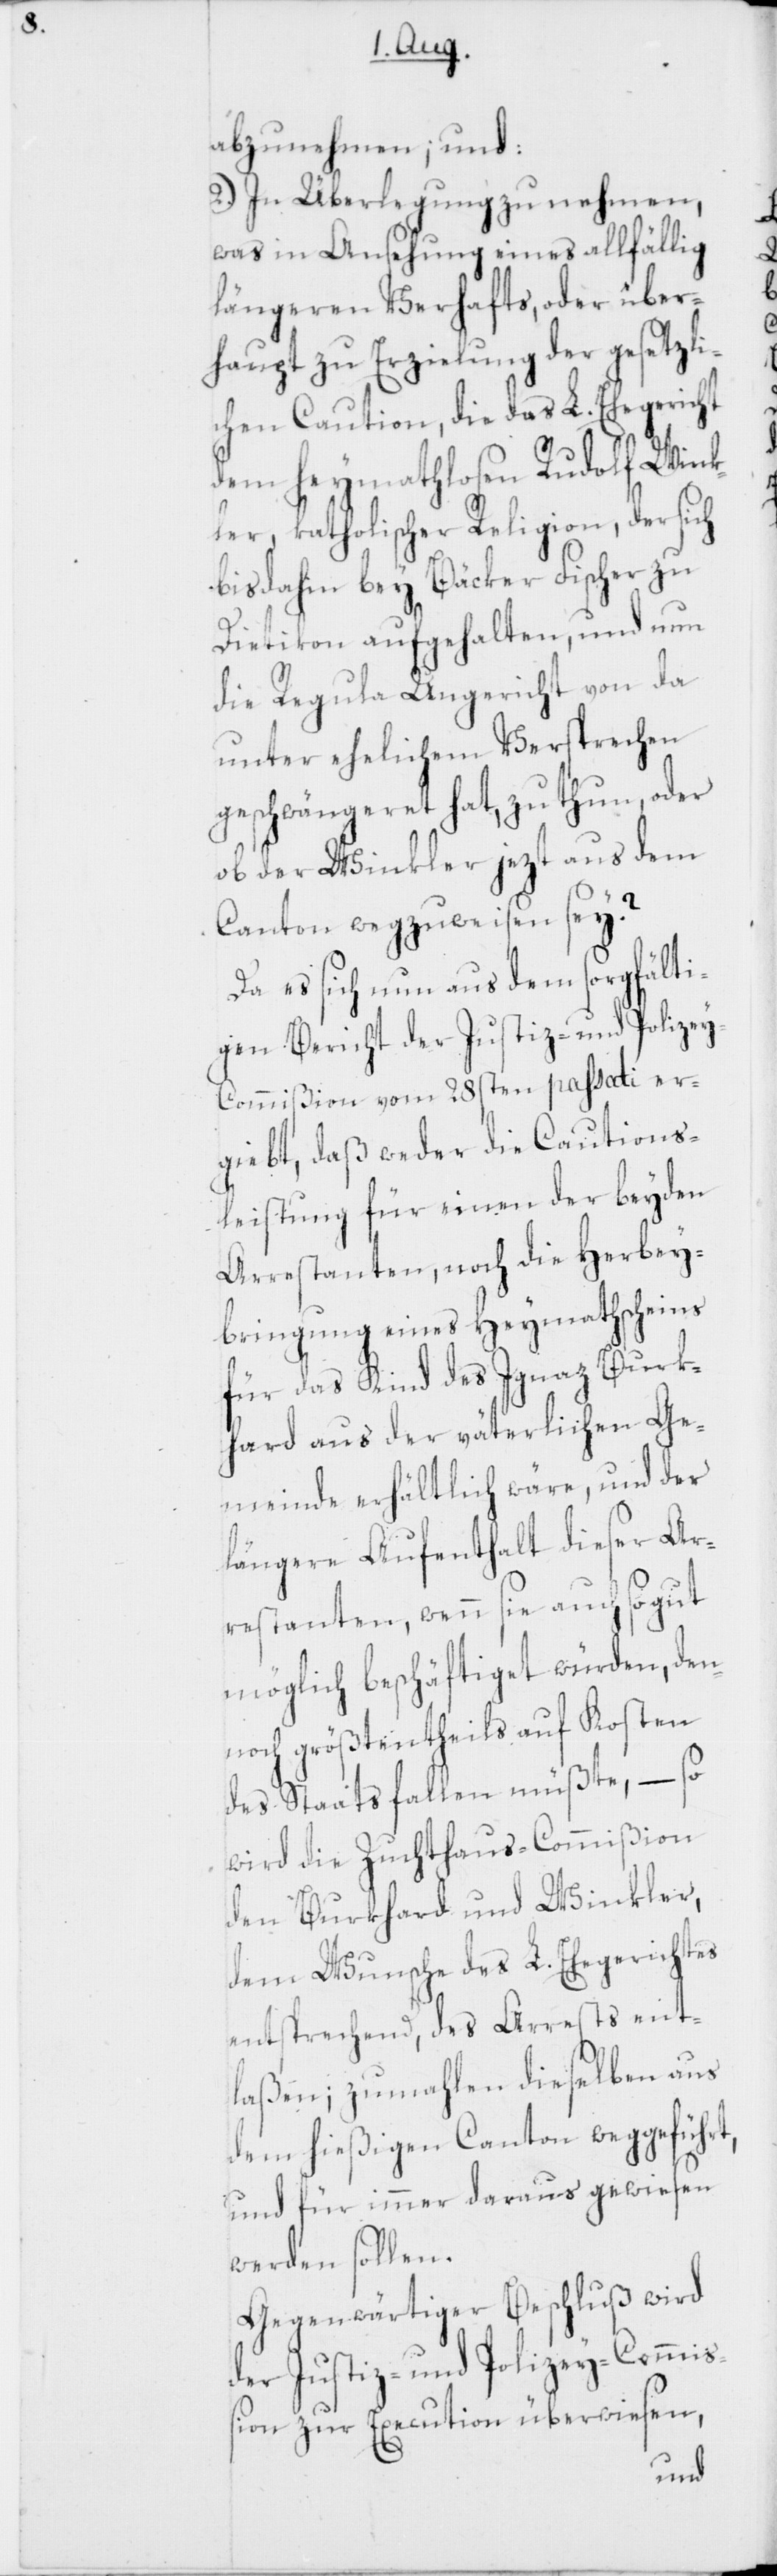
abzunehmen; und:
2.) In Überlegung zu nehmen,
was in Ansehung eines allfällig
längeren Verhafts oder über¬
haupt zu Erzielung der gesetzli¬
chen Caution, die das L. Ehegericht
dem heymathlosen Rudolf Wink¬
ler, katholischer Religion, der sich
bisdahin bey Bäcker Fischer zu
Dietikon aufgehalten, und nun
die Regula Ungericht von da
unter ehelichem Versprechen
geschwängeret hat, zu thun, oder
ob der Winkler jezt aus dem
Canton wegzuweisen sey?
Da es sich nun aus dem sorgfälti¬
gen Bericht der Justiz- und Polize¬
y-Commißion vom 28sten passati er¬
giebt, daß weder die Cautions¬
leistung für einen der beyden
Arrestanten, noch die Herbey¬
bringung eines Heymathscheins
für das Kind des Ignaz Burk¬
hard aus der väterlichen Ge¬
meinde erhältlich wäre, und der
längere Aufenthalt dieser Ar¬
restanten, wenn sie auch, so gut
möglich beschäftiget würden, den¬
noch größtentheils auf Kosten
des Staats fallen müßte, – so
wird die Zuchthaus-Commißion
den Burkhard und Winkler,
dem Wunsche des L. Ehegerichtes
entsprechend, des Arrests ent¬
laßen; zumahlen dieselben aus
dem hießigen Canton weggeführt,
und für immer daraus gewiesen
werden sollen.
Gegenwärtiger Beschluß wird
der Justiz- und Polizey-Commiß¬
ion zur Execution überwiesen,